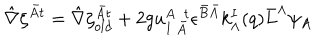
LaTeX: \hat { \nabla } \zeta ^ { \bar { A } t } = \hat { \nabla } \zeta _ { o l d } ^ { \bar { A } t } + 2 g u _ { I ~ \bar { A } } ^ { A ~ ~ t } \epsilon ^ { \bar { B } \bar { A } } k _ { \Lambda } ^ { I } ( q ) { \bar { L } } ^ { \Lambda } \psi _ { A }